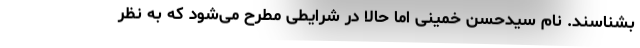
بشناسند. نام سیدحسن خمینی اما حالا در شرایطی مطرح می‌شود که به نظر